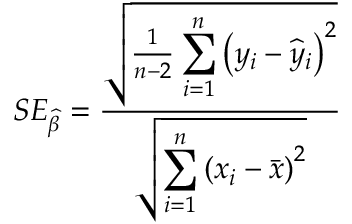
S E _ { \widehat { \beta } } = { \frac { \sqrt { { \frac { 1 } { n - 2 } } \displaystyle \sum _ { i = 1 } ^ { n } \left( y _ { i } - { \widehat { y } } _ { i } \right) ^ { 2 } } } { \sqrt { \displaystyle \sum _ { i = 1 } ^ { n } \left( x _ { i } - { \bar { x } } \right) ^ { 2 } } } }